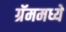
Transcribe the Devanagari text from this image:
ग्रॅममध्ये